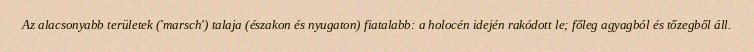
Az alacsonyabb területek ('marsch') talaja (északon és nyugaton) fiatalabb: a holocén idején rakódott le; főleg agyagból és tőzegből áll.